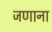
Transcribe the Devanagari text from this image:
जणाना